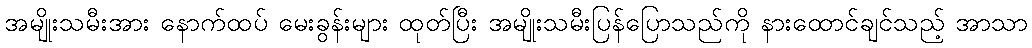
အမျိုးသမီးအား နောက်ထပ် မေးခွန်းများ ထုတ်ပြီး အမျိုးသမီးပြန်ပြောသည်ကို နားထောင်ချင်သည့် အာသာ